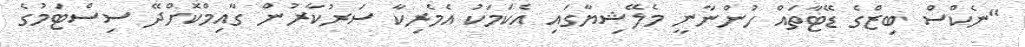
"ނެކްސް ބިޒްގެ ޑޭޓާތައް ހުންނާނީ މެލޭޝިޔާގައި އެކަމަކު އެމެރިކާ ސަރުކާރުން ގާއިމްކޮށްދޭ ސިސްޓަމުގެ